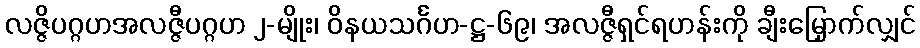
လဇ္ဇိပဂ္ဂဟအလဇ္ဇီပဂ္ဂဟ ၂-မျိုး၊ ဝိနယသင်္ဂဟ-ဋ္ဌ-၆၉၊ အလဇ္ဇီရှင်ရဟန်းကို ချီးမြှောက်လျှင်